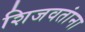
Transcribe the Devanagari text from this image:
शिजवतांना